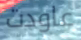
عاودت